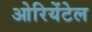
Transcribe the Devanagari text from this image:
ओरियेंटेल